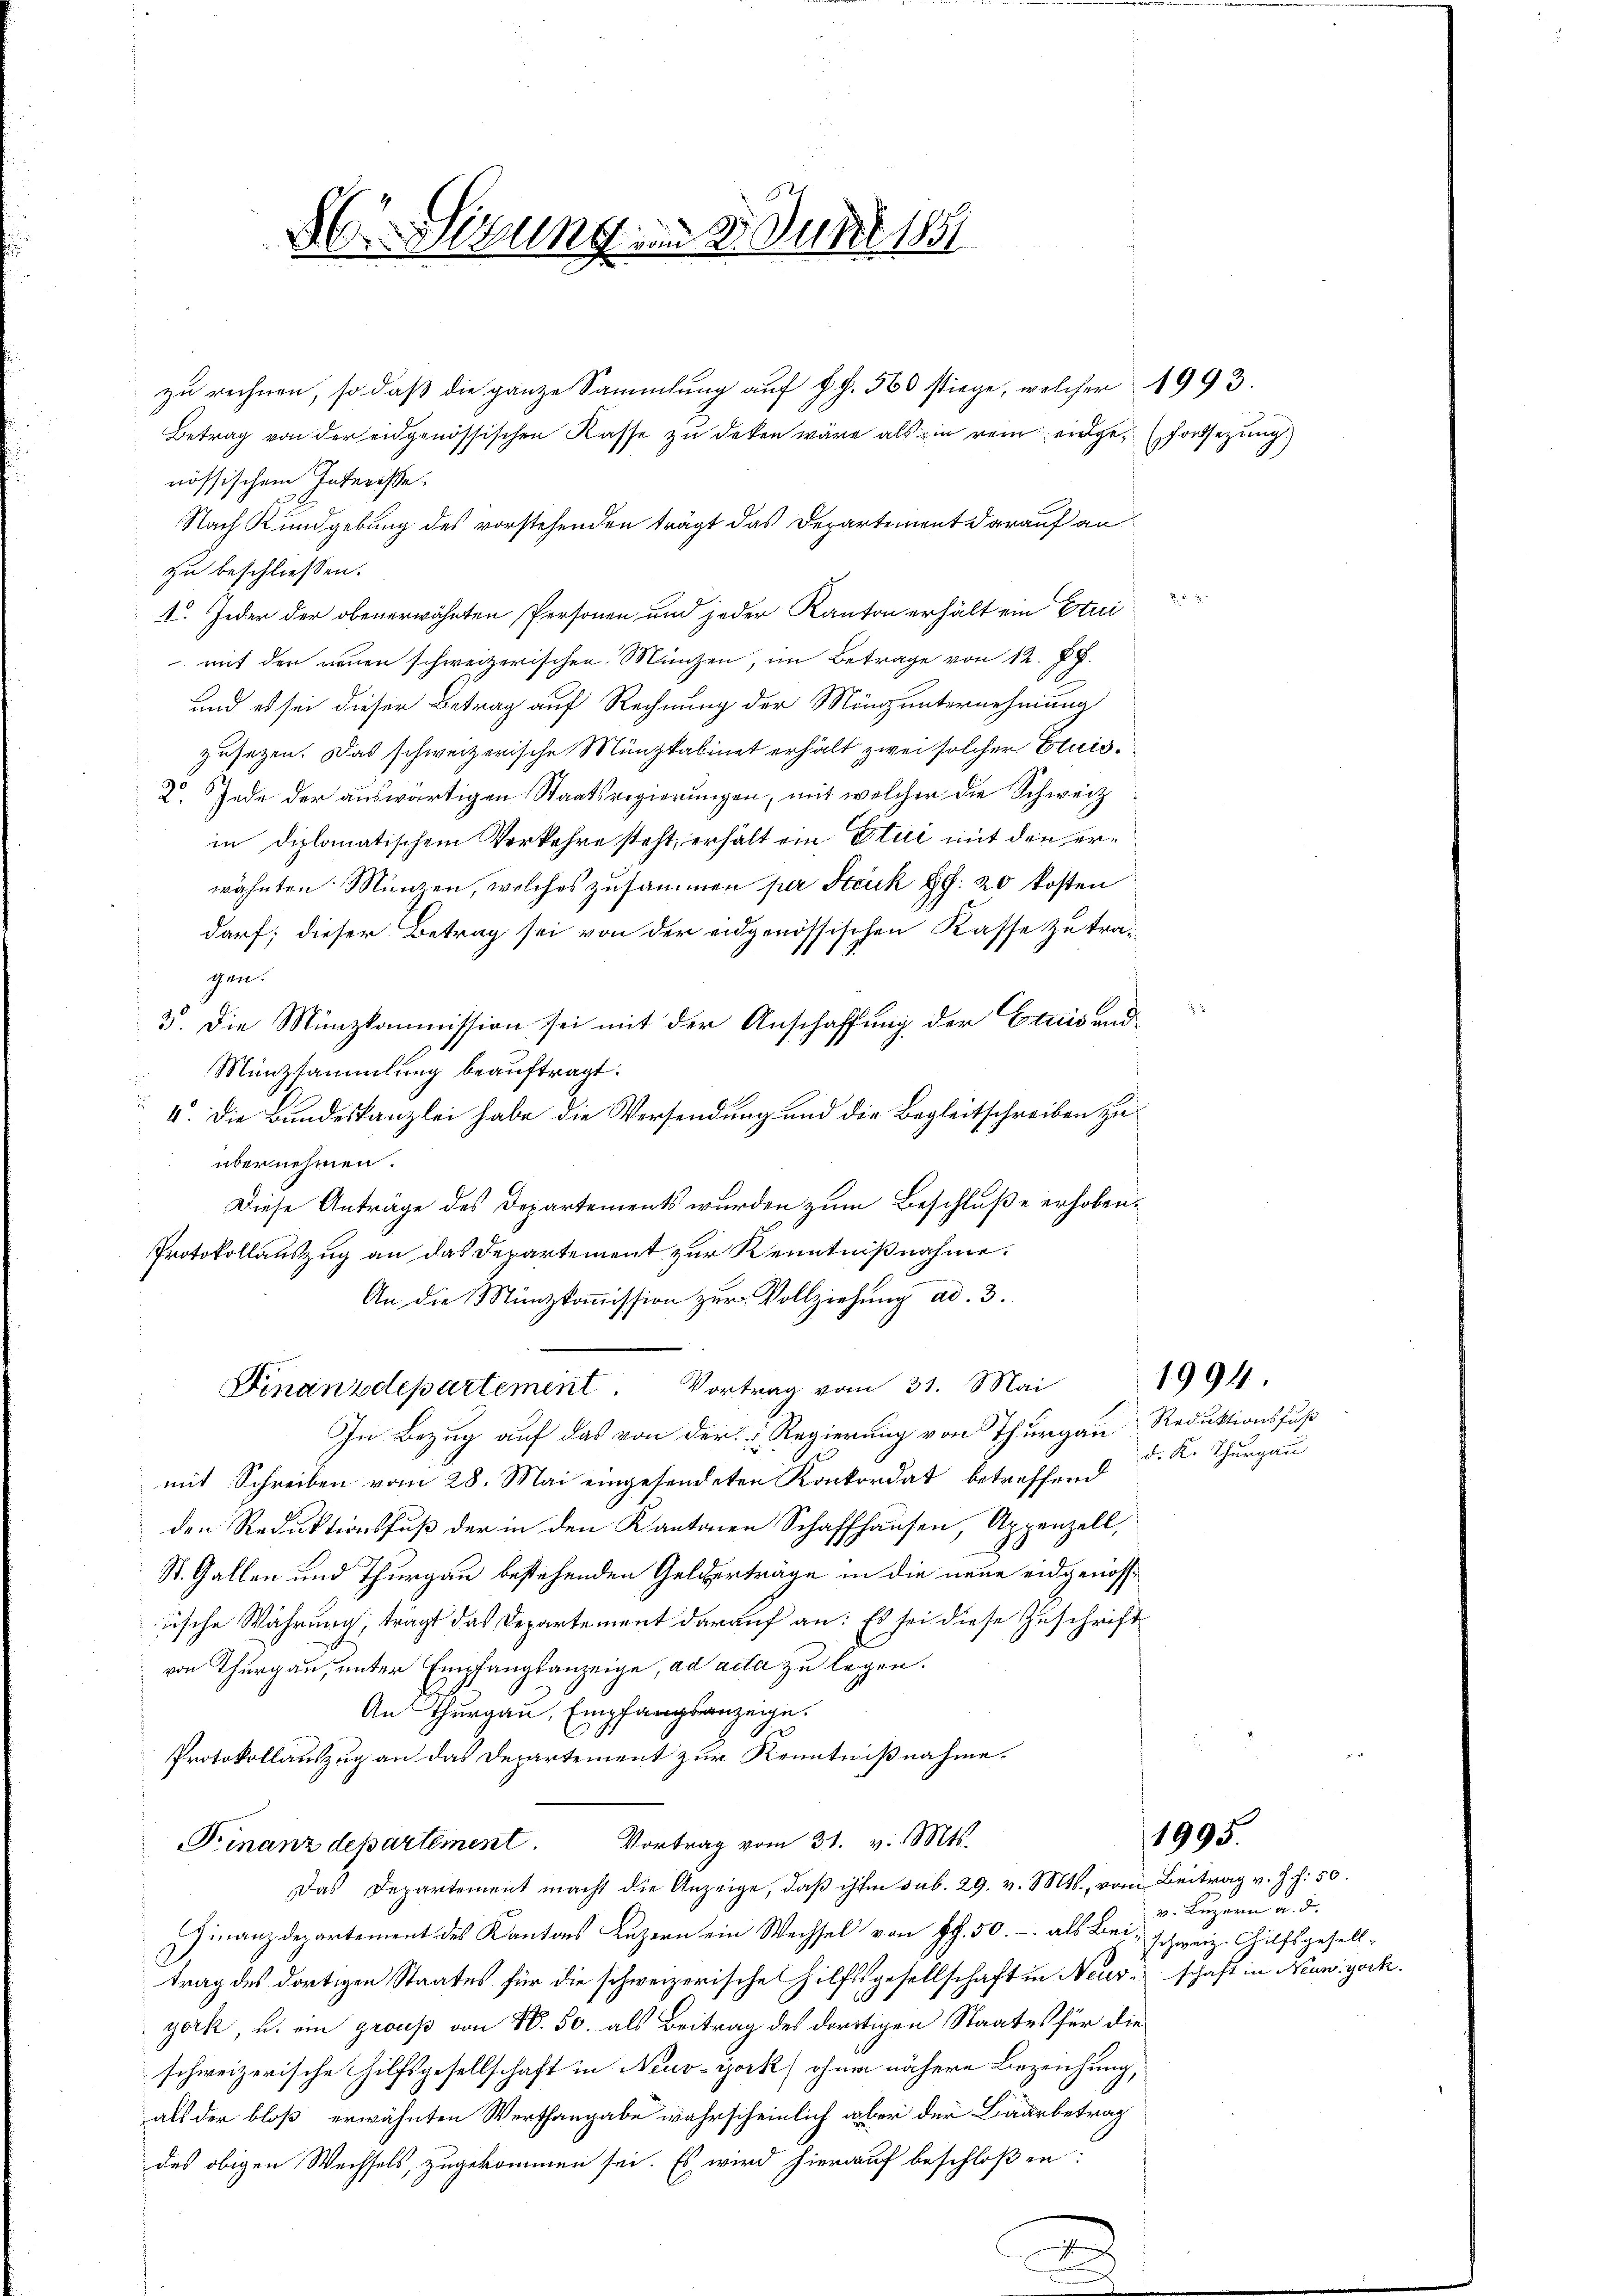
H Sizung, d. 3. Juni 1881

zu rechnen, so daß die ganze Sammlung auf Gl. 560 stiege, welcher 1993.
Betrag von der eidgenössischen Kasse zu deken wäre als in rein eidge-Vorsezung
nössischem Interesse
Nach Kundgebung des vorstehenden trägt das Departement darauf an
zu beschliessen.
1. Jeder der obenerwähnten Personen und jeder Kanton erhält ein Etui
 mit den neuen schweizerischen Münzen, im Betrage von 12. 78.
und es sei dieser Betrag auf Rechnung der Mängunternehmung
zusetzen. Das schweizerische Münzkabinet erhält zwei solcher Etuis¬
2o Jede der auswärtigen Staatsregierungen, mit welcher die Schweiz
in diplomatischem Verkehre steht, erhält ein Etui mit den erwähnten Münzen, welches zusammen per Steuk §§. 20 kosten
darf; dieser Betrag sei von der eidgenössischen Kasse zu tragen.
3. Die Münzkommission sei mit der Anschaffung der Etuisend-
Münzsammlung beauftragt.
4. Die Bundeskanzlei habe die Versendung und die Begleitschreiben zu
übernehmen.
Diese Anträge des Departements wurden zum Beschluße erhoben¬
Protokollauszug an das Departement zur Kenntnißnahme.
An die Münzkommission zur Vollziehung ad. 3.
Finanzdepartement. Vortrag vom 31. Mai
In Bezug auf das von der Regierung von Thurgau, Reduktionsfuß
mit Schreiben vom 28. Mai eingesendeten Konkordat betreffend
den Reduktionsfuß der in den Kantonen Schaffhausen, Appenzell,
St. Gallen und Thurgau bestehenden Gelderträge in die neue eidgenössiische Wahrung, trägt das Departement darauf an: Es sei diese Zuschrift
von Thurgau, unter Empfangsanzeige, ad acta zu legen.
An Thurgau, Empfangsanzeige.
Protokollauszug an das Departement zur Kenntnißnahme.
Finanzdepartement. Vortrag vom 31. v. Mts.
Das Departement macht die Anzeige, daß ihm sub. 29. v. Mts., vom Beitrag v. J. f. 50.
Finanzdepartement des Kantons Luzern ein Wechsel von Z. 50.- als Bei schweiz. Hilfsgeselltrag des dortigen Staates für die schweizerische Hilfsgesellschaft in Neur- schaft in Neungock.
york, u. ein grouß von N. 50. als Beitrag des dortigen Staates für die
schweizerische Hilfsgesellschaft in Neuv-York ohne nähere Bezeichung,
als der bloß erwähnten Werthangabe wahrscheinlich aber der Baarbetrag
des obigen Wechsels, zugekommen sei. Es wird hierauf beschloßen:

i
n

1995.

1994.

d. K. Thurgau

v. Luzern a. d.